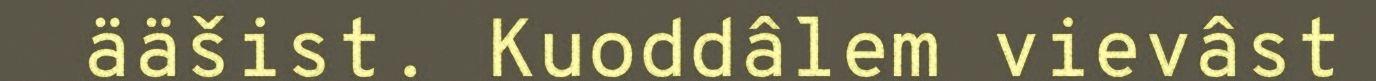
ääšist. Kuoddâlem vievâst